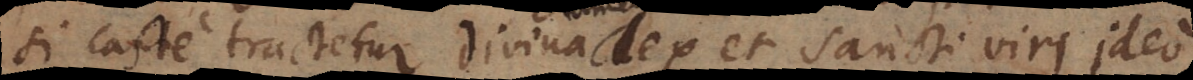
caste tractetur, divina lex et sancti viri ideo